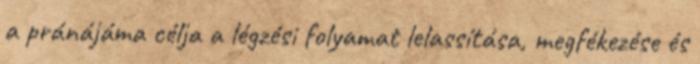
a pránájáma célja a légzési folyamat lelassítása, megfékezése és